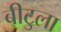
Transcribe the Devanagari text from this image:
बीटुला